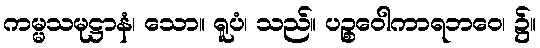
ကမ္မသမုဋ္ဌာနံ၊ သော။ ရူပံ၊ သည်။ ပဉ္စဝေါကာရဘဝေ၊ ၌။